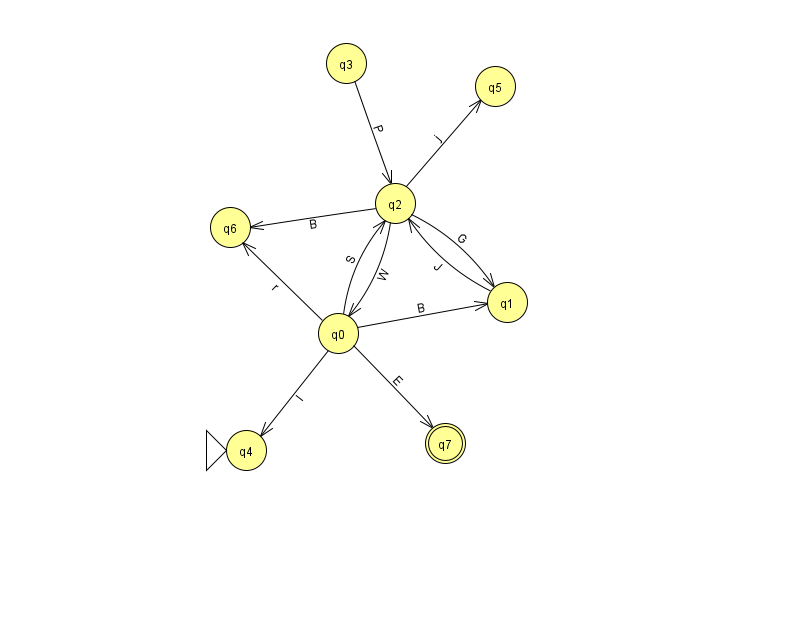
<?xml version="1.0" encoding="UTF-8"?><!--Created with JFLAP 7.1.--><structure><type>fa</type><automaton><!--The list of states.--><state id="0" name="q0"><x>338.0</x><y>320.0</y></state><state id="1" name="q1"><x>507.0</x><y>289.0</y></state><state id="2" name="q2"><x>395.0</x><y>190.0</y></state><state id="3" name="q3"><x>346.0</x><y>50.0</y></state><state id="4" name="q4"><x>246.0</x><y>437.0</y><initial/></state><state id="5" name="q5"><x>495.0</x><y>73.0</y></state><state id="6" name="q6"><x>230.0</x><y>214.0</y></state><state id="7" name="q7"><x>445.0</x><y>430.0</y><final/></state><!--The list of transitions.--><transition><from>0</from><to>6</to><read>r</read></transition><transition><from>0</from><to>7</to><read>E</read></transition><transition><from>1</from><to>2</to><read>J</read></transition><transition><from>0</from><to>4</to><read>I</read></transition><transition><from>0</from><to>1</to><read>B</read></transition><transition><from>2</from><to>0</to><read>W</read></transition><transition><from>0</from><to>2</to><read>S</read></transition><transition><from>2</from><to>5</to><read>j</read></transition><transition><from>2</from><to>1</to><read>G</read></transition><transition><from>3</from><to>2</to><read>P</read></transition><transition><from>2</from><to>6</to><read>B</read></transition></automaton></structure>